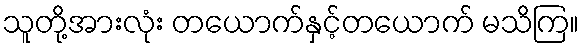
သူတို့အားလုံး တယောက်နှင့်တယောက် မသိကြ။